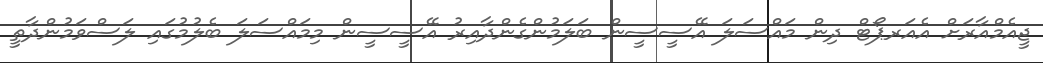
ޖީއެމްއާރަށް އެއަރޕޯޓް ދިން މައްސަލަ އޭސީސީން ބަލަމުންގެންދާއިރު އޭސީސީން މިމައްސަލަ ބެލުމުގައި ލަސްވަމުންދާތީ